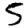
Digit: 5